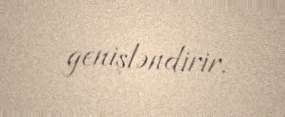
genişləndirir.